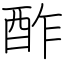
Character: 酢